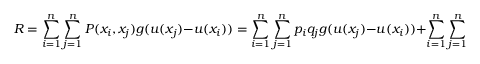
R = \sum _ { i = 1 } ^ { n } \sum _ { j = 1 } ^ { n } P ( x _ { i } , x _ { j } ) g ( u ( x _ { j } ) - u ( x _ { i } ) ) = \sum _ { i = 1 } ^ { n } \sum _ { j = 1 } ^ { n } p _ { i } q _ { j } g ( u ( x _ { j } ) - u ( x _ { i } ) ) + \sum _ { i = 1 } ^ { n } \sum _ { j = 1 } ^ { n } \theta _ { i , j } g ( u ( x _ { j } ) - u ( x _ { i } ) )